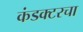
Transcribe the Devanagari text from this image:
कंडक्टरचा